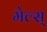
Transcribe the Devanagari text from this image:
मेल्स्